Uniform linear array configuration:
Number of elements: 48
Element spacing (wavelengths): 0.25
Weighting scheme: kaiser
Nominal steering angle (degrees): -15
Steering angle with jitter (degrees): -16.096
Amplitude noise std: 0.05
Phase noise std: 0.05

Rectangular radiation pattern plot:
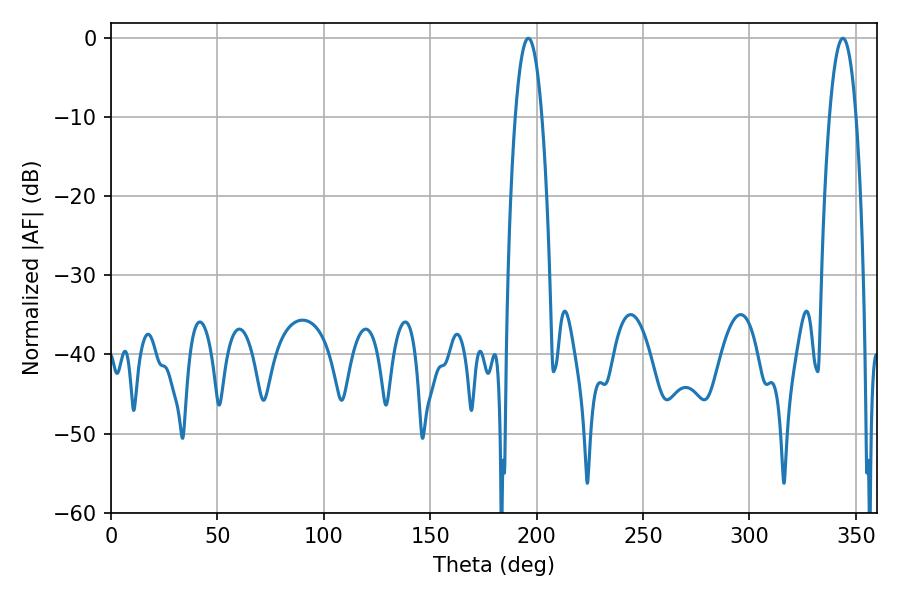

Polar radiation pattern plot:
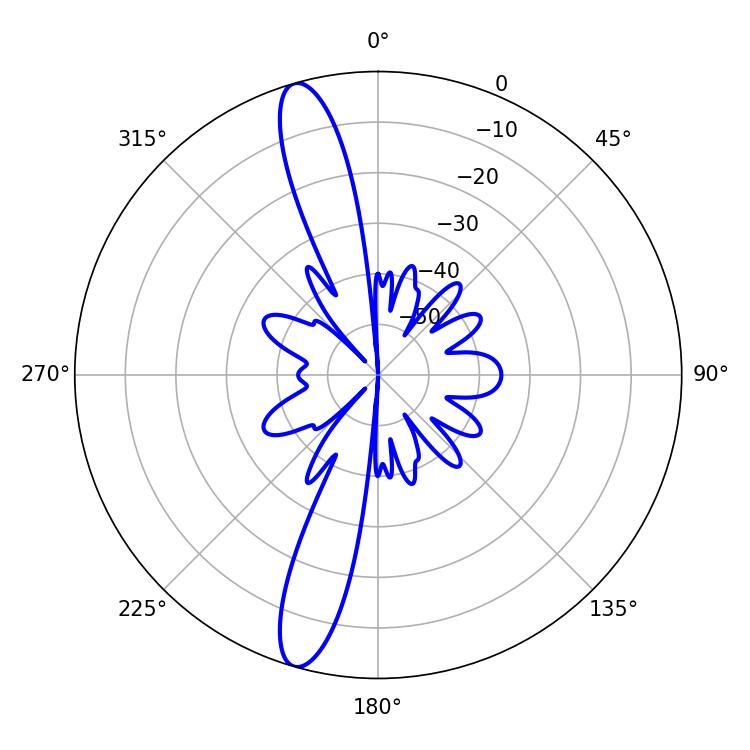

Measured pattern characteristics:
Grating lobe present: FALSE
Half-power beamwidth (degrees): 7.02
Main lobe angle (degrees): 196.02